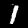
Label: 1